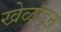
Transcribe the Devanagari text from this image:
खेळाडून